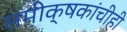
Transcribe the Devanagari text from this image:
समीक्षकांचीही